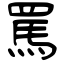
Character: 罵